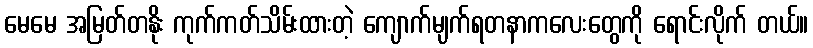
မေမေ အမြတ်တနိုး ကုက်ကတ်သိမ်းထားတဲ့ ကျောက်မျက်ရတနာကလေးတွေကို ရောင်းလိုက် တယ်။